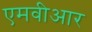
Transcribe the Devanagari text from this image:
एमवीआर